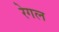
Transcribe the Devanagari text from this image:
रेगल